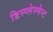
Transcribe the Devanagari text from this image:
डिस्प्लेस्मेन्ट